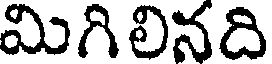
మిగిలినది